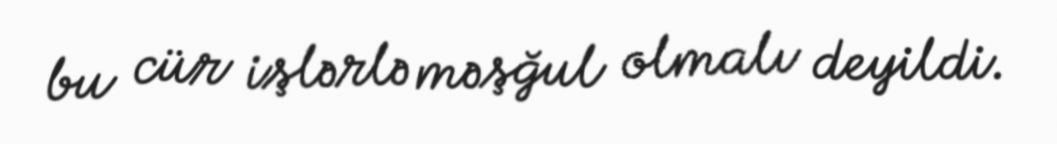
bu cür işlərlə məşğul olmalı deyildi.